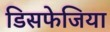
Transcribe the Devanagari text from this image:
डिसफेजिया